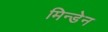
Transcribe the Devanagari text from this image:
मिन्डेन